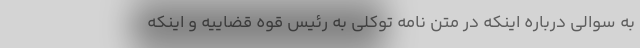
به سوالی درباره اینکه در متن نامه توکلی به رئیس قوه قضاییه و اینکه